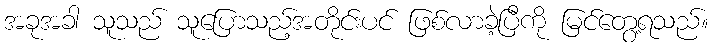
အခုအခါ သူသည် သူပြောသည့်အတိုင်းပင် ဖြစ်လာခဲ့ပြီကို မြင်တွေ့ရသည်။